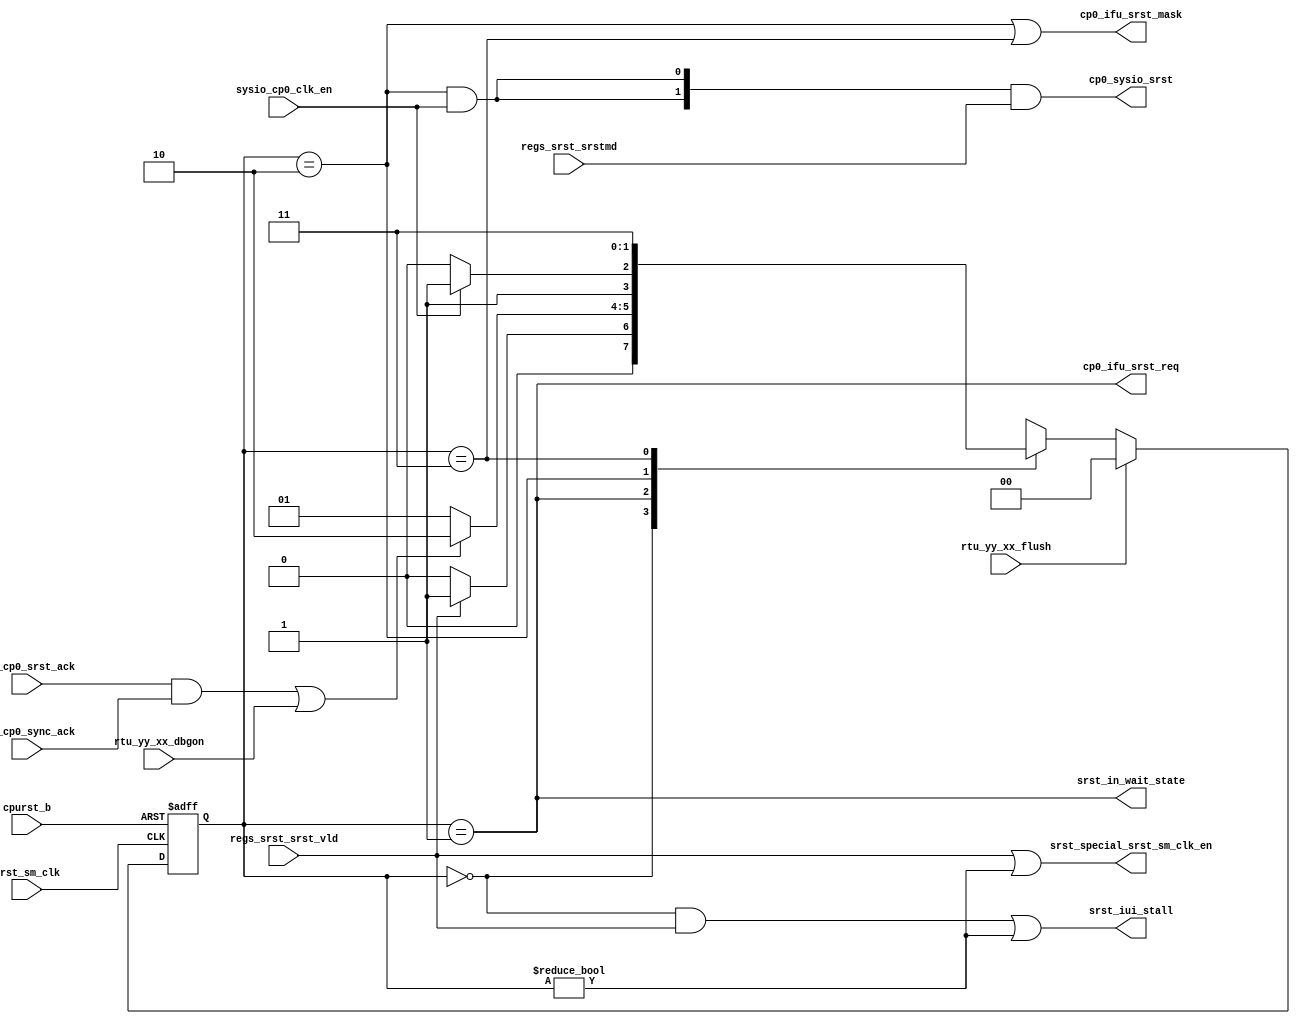
/*Copyright 2020-2021 T-Head Semiconductor Co., Ltd.

Licensed under the Apache License, Version 2.0 (the "License");
you may not use this file except in compliance with the License.
You may obtain a copy of the License at

    http://www.apache.org/licenses/LICENSE-2.0

Unless required by applicable law or agreed to in writing, software
distributed under the License is distributed on an "AS IS" BASIS,
WITHOUT WARRANTIES OR CONDITIONS OF ANY KIND, either express or implied.
See the License for the specific language governing permissions and
limitations under the License.
*/

// &ModuleBeg; @23
module pa_cp0_srst(
  cp0_ifu_srst_mask,
  cp0_ifu_srst_req,
  cp0_sysio_srst,
  cpurst_b,
  ifu_cp0_srst_ack,
  lsu_cp0_sync_ack,
  regs_srst_srst_vld,
  regs_srst_srstmd,
  rtu_yy_xx_dbgon,
  rtu_yy_xx_flush,
  srst_in_wait_state,
  srst_iui_stall,
  srst_sm_clk,
  srst_special_srst_sm_clk_en,
  sysio_cp0_clk_en
);

// &Ports; @24
input          cpurst_b;                   
input          ifu_cp0_srst_ack;           
input          lsu_cp0_sync_ack;           
input          regs_srst_srst_vld;         
input   [1:0]  regs_srst_srstmd;           
input          rtu_yy_xx_dbgon;            
input          rtu_yy_xx_flush;            
input          srst_sm_clk;                
input          sysio_cp0_clk_en;           
output         cp0_ifu_srst_mask;          
output         cp0_ifu_srst_req;           
output  [1:0]  cp0_sysio_srst;             
output         srst_in_wait_state;         
output         srst_iui_stall;             
output         srst_special_srst_sm_clk_en; 

// &Regs; @25
reg     [1:0]  cur_state;                  
reg     [1:0]  next_state;                 

// &Wires; @26
wire           cp0_ifu_srst_mask;          
wire           cp0_ifu_srst_req;           
wire    [1:0]  cp0_sysio_srst;             
wire           cpurst_b;                   
wire           ifu_cp0_srst_ack;           
wire           lsu_cp0_sync_ack;           
wire           regs_srst_srst_vld;         
wire    [1:0]  regs_srst_srstmd;           
wire           rtu_yy_xx_dbgon;            
wire           rtu_yy_xx_flush;            
wire           srst_ack;                   
wire           srst_cmplt;                 
wire           srst_in_wait_state;         
wire           srst_iui_stall;             
wire           srst_sm_clk;                
wire           srst_sm_clk_en;             
wire           srst_special_srst_sm_clk_en; 
wire           sysio_cp0_clk_en;           


parameter IDLE   = 2'b00;
parameter WFACK  = 2'b01;
parameter WFCPLT = 2'b10;
parameter WFRST  = 2'b11;

//==========================================================
//                 Instance of Gated Cell  
//==========================================================
assign srst_sm_clk_en = regs_srst_srst_vld || (cur_state[1:0] != IDLE); 

//-----------------------------------------------------
// Request the BIU to enter low power mode and do
// not accept any more transaction from IFU or LSU
//-----------------------------------------------------

//-------------------FSM of srst req logic-----------------
// State Description:
// IDLE     : no srst instruction (wait,stop,doze)
// WFACK    : request sysio and wait for sysio ack
//           the srst request        
//-----------------------------------------------------

always @(posedge srst_sm_clk or negedge cpurst_b)
begin
  if(!cpurst_b)
    cur_state[1:0] <= IDLE;
  else if(rtu_yy_xx_flush)
    cur_state[1:0] <= IDLE;
  else
    cur_state[1:0] <= next_state[1:0];
end

// &CombBeg; @60
always @( cur_state[1:0]
       or regs_srst_srst_vld
       or sysio_cp0_clk_en
       or srst_ack)
begin
    case(cur_state[1:0])
  IDLE   : if(regs_srst_srst_vld)
             next_state[1:0] = WFACK;
           else
             next_state[1:0] = IDLE;
  WFACK  : if(srst_ack)
             next_state[1:0] = WFCPLT;
           else
             next_state[1:0] = WFACK;
  WFCPLT : if(sysio_cp0_clk_en)
             next_state[1:0] = WFRST;
           else
             next_state[1:0] = WFCPLT;
  WFRST  :   next_state[1:0] = WFRST;
  default:   next_state[1:0] = IDLE;
  endcase
// &CombEnd; @77
end

assign srst_in_wait_state = (cur_state[1:0] == WFACK);
assign srst_cmplt         = (cur_state[1:0] == WFCPLT);


//-------------------control signal by srst FSM-------------
assign srst_iui_stall = (cur_state[1:0] == IDLE) && regs_srst_srst_vld
                     || (cur_state[1:0] != IDLE);

assign cp0_ifu_srst_req = srst_in_wait_state;
// assign cp0_cache_srst_req = srst_in_wait_state;
// &Force("output","srst_in_wait_state"); @94
//-----------------------------------------------------
//               srst request ack 
//-----------------------------------------------------
assign srst_ack = (ifu_cp0_srst_ack && lsu_cp0_sync_ack)
               || rtu_yy_xx_dbgon;
assign cp0_sysio_srst[1:0] = {2{srst_cmplt && sysio_cp0_clk_en}} & regs_srst_srstmd[1:0];

assign cp0_ifu_srst_mask = (cur_state[1:0] == WFCPLT) || (cur_state[1:0] == WFRST);

assign srst_special_srst_sm_clk_en = srst_sm_clk_en;

// &ModuleEnd; @106
endmodule